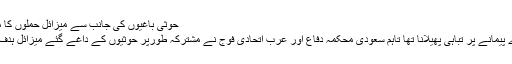
حوثی باغیوں کی جانب سے میزائل حملوں کا مقصد مملکت کو دہشت گردی سے دوچار کرنا،
شہریوں کی جانوں کو خطرے میں ڈالنا اور بڑے پیمانے پر تباہی پھیلانا تھا تاہم سعودی محکمہ دفاع اور عرب اتحادی فوج نے مشترکہ طورپر حوثیوں کے داغے گئے میزائل ہدف تک پہنچنے سے قبل فضا ہی میں تباہ کردئیے۔